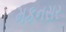
મકનસર